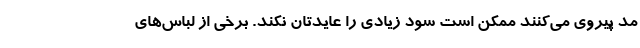
مد پیروی می‌کنند ممکن است سود زیادی را عایدتان نکند. برخی از لباس‌های